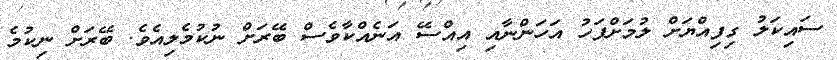
ސައިކަލު ގިފިއްޔަށް ލުމަށްފަހު އަހަންނާއި އިއްސޭ އަނެއްކާވެސް ބޭރަށް ނުކުމެލިއެވެ. ބޭރަށް ނިކުމެ